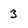
Character: 3